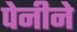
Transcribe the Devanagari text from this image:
पेनीने